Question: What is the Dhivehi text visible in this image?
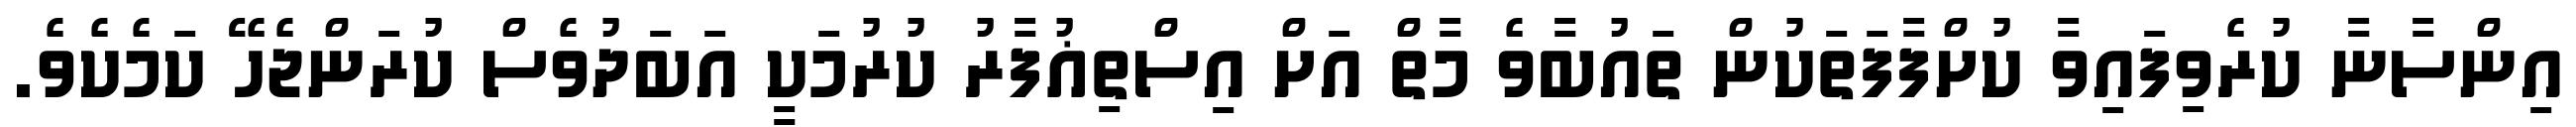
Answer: އިންސާނާ ކުރެވިފައިވާ ކުށްފާފަތަކުން ތައުބާވެ މާތް އަށް އިސްތިޣުފާރު ކުރުމަކީ އަބަދުވެސް ކުރަންޖެހޭ ކަމެކެވެ.